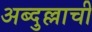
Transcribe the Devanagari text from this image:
अब्दुल्लाची